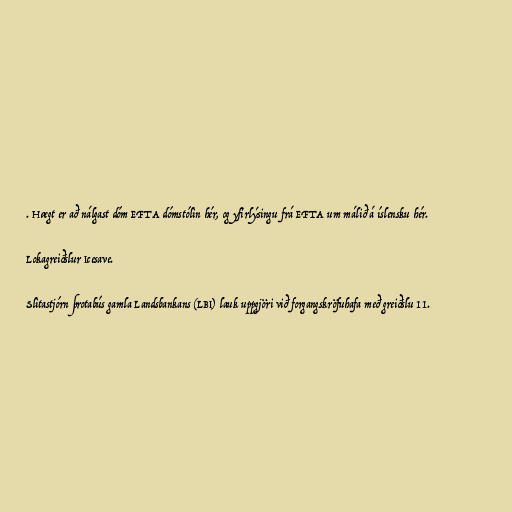
. Hægt er að nálgast dóm EFTA dómstólin hér, og yfirlýsingu frá EFTA um málið á íslensku hér.

Lokagreiðslur Icesave.

Slita­stjórn þrotabús gamla Lands­bank­ans (LBI) lauk uppgjöri við for­gangskröfuhafa með greiðslu 11.